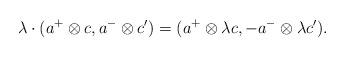
LaTeX: \begin{align*} \lambda\cdot(a^+\otimes c,a^-\otimes c')=(a^+\otimes\lambda c,-a^-\otimes\lambda c').\end{align*}